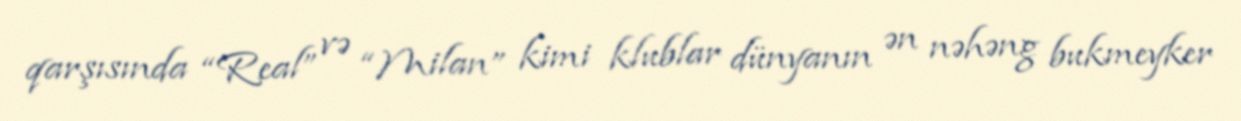
qarşısında “Real” və “Milan” kimi klublar dünyanın ən nəhəng bukmeyker